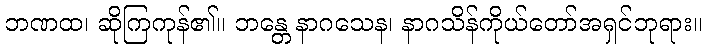
ဘဏထ၊ ဆိုကြကုန်၏။ ဘန္တေ နာဂသေန၊ နာဂသိန်ကိုယ်တော်အရှင်ဘုရား။